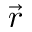
\vec { r }